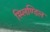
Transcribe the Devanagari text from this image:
स्प्लिण्डिल